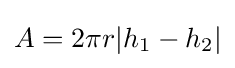
A=2\pi r|h_{1}-h_{2}|